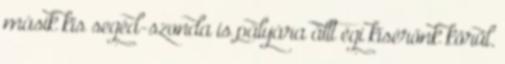
másik kis segéd-szonda is pályára állt égi kísérőnk körül.